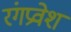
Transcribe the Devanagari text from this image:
रंगप्रवेश